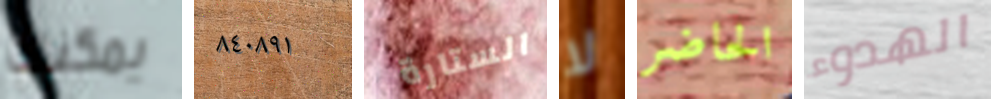
يمكنك ٨٤٠٨٩١ الستارة لا الحاضر الهدوء